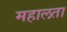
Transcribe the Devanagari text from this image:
महालता